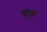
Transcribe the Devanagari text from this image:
चतुरं